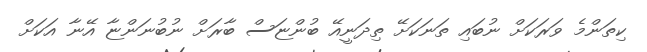
ކިތަންމެ ވަރަކަށް ނުބައި ތަނަކަށޭ ތިދަނީއޭ ބުންޏަސް ބާރަށް ނުބުނަންޏާ އޭނާ އަކަށް